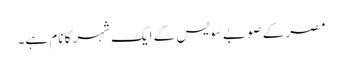
مصر کے صوبے سویس کے ایک شہر کا نام ہے۔